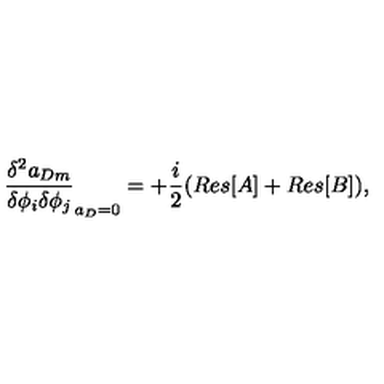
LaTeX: \frac { \delta ^ { 2 } a _ { D m } } { \delta \phi _ { i } \delta \phi _ { j } } _ { a _ { D } = 0 } = + \frac { i } { 2 } ( R e s [ A ] + R e s [ B ] ) ,